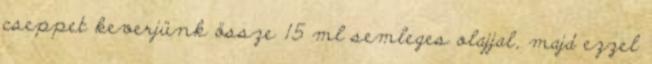
cseppet keverjünk össze 15 ml semleges olajjal, majd ezzel